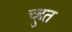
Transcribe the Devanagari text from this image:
च्हुत